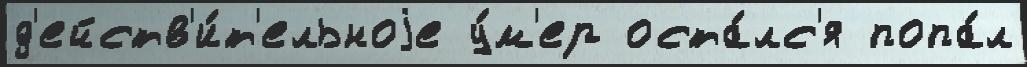
д'ейств'и́т'ельноjе у́м'ер оста́лс'я попа́л